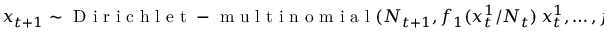
\boldsymbol x _ { t + 1 } \sim \mathrm { ~ D ~ i ~ r ~ i ~ c ~ h ~ l ~ e ~ t ~ - ~ m ~ u ~ l ~ t ~ i ~ n ~ o ~ m ~ i ~ a ~ l ~ } ( N _ { t + 1 } , f _ { 1 } ( x _ { t } ^ { 1 } / N _ { t } ) \, x _ { t } ^ { 1 } , \ldots , f _ { k } ( x _ { t } ^ { k } / N _ { t } ) \, x _ { t } ^ { k } ) .